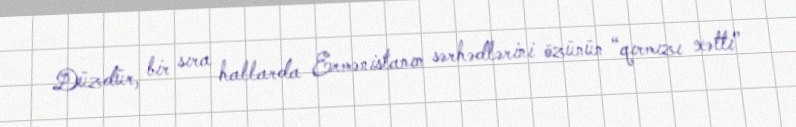
Düzdür, bir sıra hallarda Ermənistanın sərhədlərini özünün “qırmızı xətti”